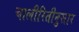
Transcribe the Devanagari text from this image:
चालीरितीनुसार